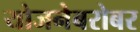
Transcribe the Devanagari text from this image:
योजनेबरोबर